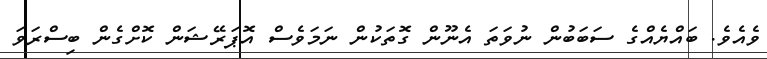
ވެއެވެ. ބައްޔެއްގެ ސަބަބުން ނުވަތަ އެނޫން ގޮތަކުން ނަމަވެސް އޮޕަރޭޝަން ކޮށްގެން ބިސްރަވަ